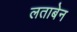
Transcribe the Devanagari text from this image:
लताबेन